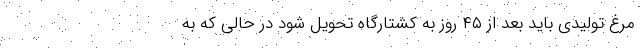
مرغ تولیدی باید بعد از ۴۵ روز به کشتارگاه تحویل شود در حالی که به